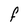
Character: F